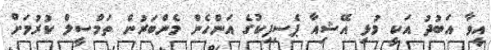
އީވާ އަބުދު އަކީ މުޅި އޭޝިއާ ޕެސިފިކުގެ އަންހެން މެންބަރުން ތަމްސީލް ކުރުމަށް